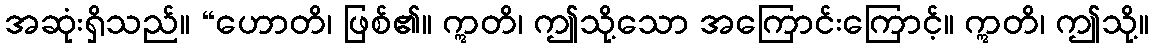
အဆုံးရှိသည်။ “ဟောတိ၊ ဖြစ်၏။ ဣတိ၊ ဤသို့သော အကြောင်းကြောင့်။ ဣတိ၊ ဤသို့။